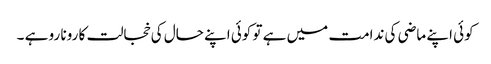
کوئی اپنے ماضی کی ندامت میں ہے تو کوئی اپنے حال کی خجالت کا رونا رو ہے ۔